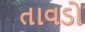
તાવડો